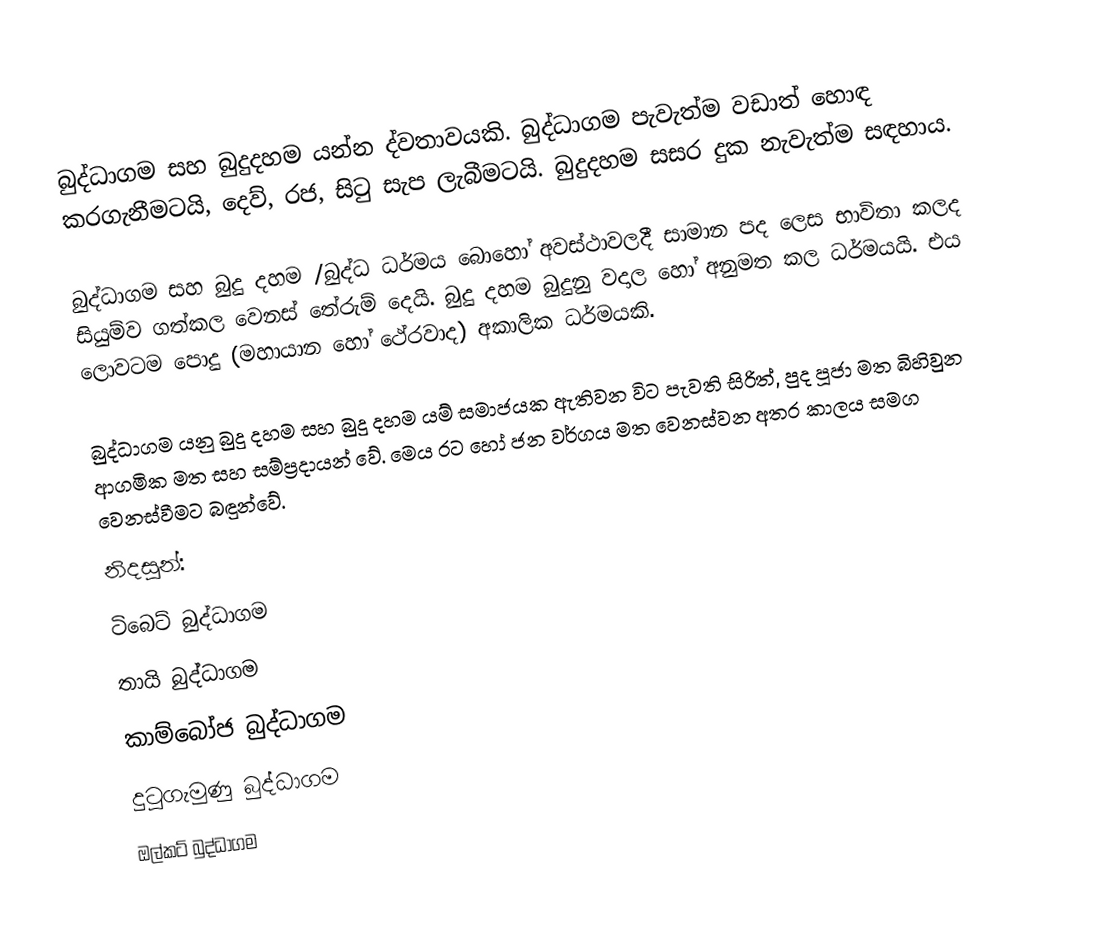
බුද්ධාගම සහ බුදුදහම යන්න ද්වතාවයකි. බුද්ධාගම පැවැත්ම වඩාත් හොඳ කරගැනීමටයි, දෙව්, රජ, සිටු සැප ලැබීමටයි. බුදුදහම සසර දුක නැවැත්ම සඳහාය.

බුද්ධාගම  සහ බුදු දහම /බුද්ධ ධර්මය බොහෝ අවස්ථාවලදී සාමාන පද ලෙස භාවිතා කලද සියුම්ව ගත්කල වෙනස් තේරුම් දෙයි. බුදු දහම බුදුනු වදාල හෝ අනුමත කල ධර්මයයි. එය ලොවටම පොදු (මහායාන හෝ ථේරවාද) අකාලික ධර්මයකි.

බුද්ධාගම යනු බුදු දහම සහ බුදු දහම යම් සමාජයක ඇතිවන විට පැවති සිරිත්, පුද පූජා මත බිහිවුන ආගමික මත සහ සම්ප්‍රදායන් වේ. මෙය රට හෝ ජන වර්ගය මත වෙනස්වන අතර කාලය සමග වෙනස්වීමට බඳුන්වේ.
නිදසුන්:
 ටිබෙට් බුද්ධාගම
 තායි බුද්ධාගම
 කාම්බෝජ බුද්ධාගම
 දුටුගැමුණු බුද්ධාගම
 ඔල්කට් බුද්ධාගම